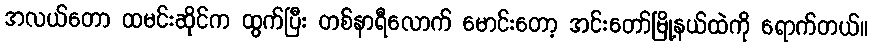
အလယ်တော ထမင်းဆိုင်က ထွက်ပြီး တစ်နာရီလောက် မောင်းတော့ အင်းတော်မြို့နယ်ထဲကို ရောက်တယ်။